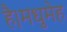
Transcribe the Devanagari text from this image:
है।मधुमेह